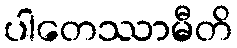
ပါတေဿာမီတိ